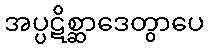
အပ္ပဋိစ္ဆာဒေတွာပေ